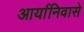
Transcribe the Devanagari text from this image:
आर्यानिवासे